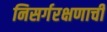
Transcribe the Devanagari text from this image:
निसर्गरक्षणाची